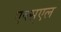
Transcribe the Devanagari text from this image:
एक्स्एल